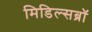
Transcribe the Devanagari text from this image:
मिडिल्सब्रॉ